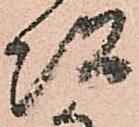
次